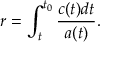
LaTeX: r = \int _ { t } ^ { t _ { 0 } } { \frac { c ( { t } ) d { t } } { a ( { t } ) } . }